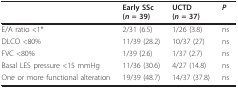
<table><thead><tr><td></td><td><b>Early SSc(<i>n </i>= 39)</b></td><td><b>UCTD(<i>n </i>= 37)</b></td><td><b><i>P</i></b></td></tr></thead><tbody><tr><td>E/A ratio &lt;1*</td><td>2/31 (6.5)</td><td>1/26 (3.8)</td><td>ns</td></tr><tr><td>DLCO &lt;80%</td><td>11/39 (28.2)</td><td>10/37 (27)</td><td>ns</td></tr><tr><td>FVC &lt;80%</td><td>1/39 (2.6)</td><td>1/37 (2.7)</td><td>ns</td></tr><tr><td>Basal LES pressure &lt;15 mmHg</td><td>11/36 (30.6)</td><td>4/27 (14.8)</td><td>ns</td></tr><tr><td>One or more functional alteration</td><td>19/39 (48.7)</td><td>14/37 (37.8)</td><td>ns</td></tr></tbody></table>